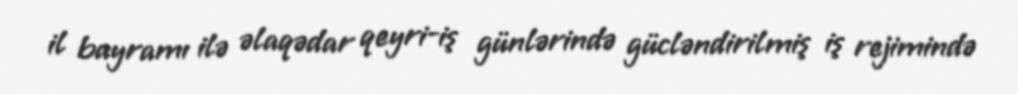
il bayramı ilə əlaqədar qeyri-iş günlərində gücləndirilmiş iş rejimində